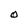
Character: O